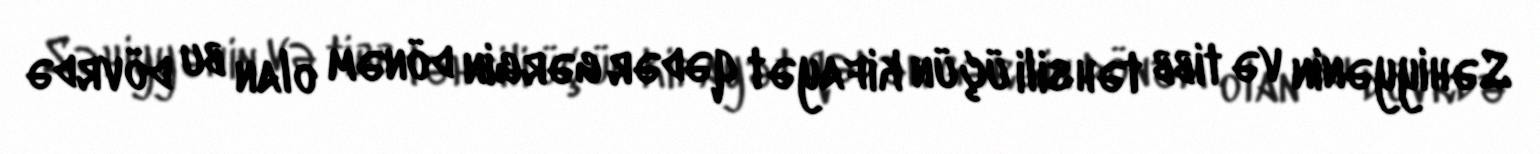
Səhiyyənin və tibb təhsili üçün kifayət qədər gərgin dönəm olan bu dövrdə